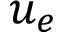
u _ { e }